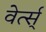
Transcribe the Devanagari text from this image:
वेर्त्स्